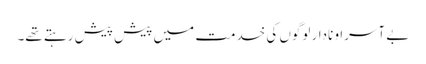
بے آسرا و نادار لوگوں کی خدمت میں پیش پیش رہتے تھے۔